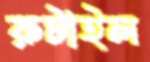
রুটাইল